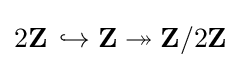
2\mathbf {Z} \mathrel {\,\hookrightarrow } \mathbf {Z} \twoheadrightarrow \mathbf {Z} /2\mathbf {Z}